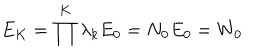
E _ { K } = \prod ^ { K } \lambda _ { k } E _ { 0 } = N _ { 0 } E _ { 0 } = W _ { 0 }